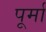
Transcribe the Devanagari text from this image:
पूर्मा